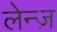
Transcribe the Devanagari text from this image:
लेन्ज़